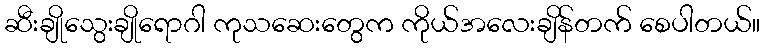
ဆီးချိုသွေးချိုရောဂါ ကုသဆေးတွေက ကိုယ်အလေးချိန်တက် စေပါတယ်။